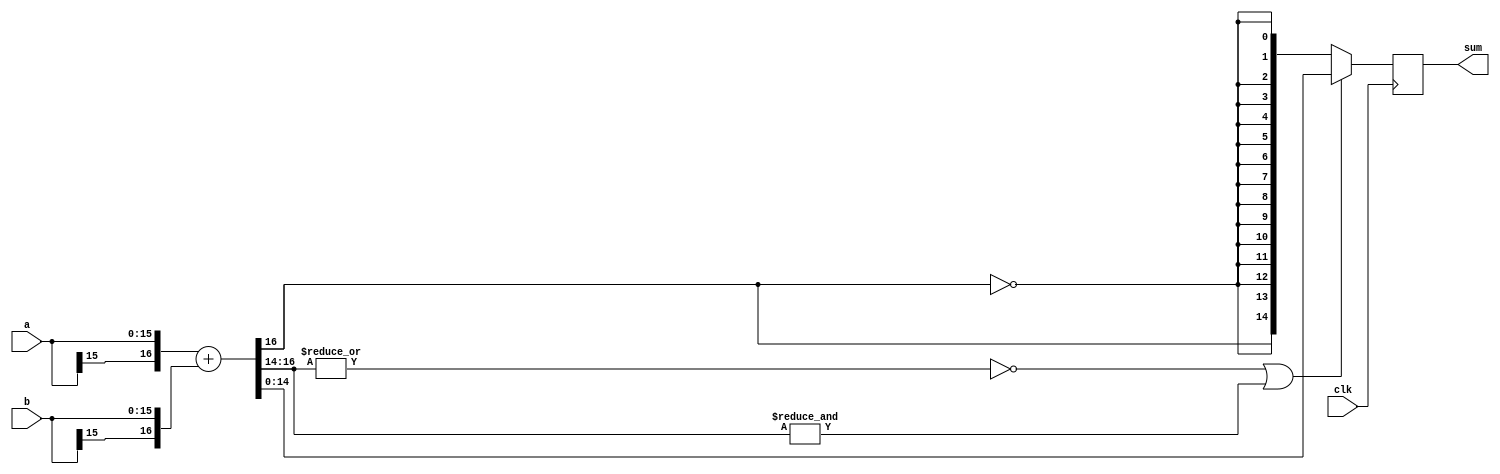
`timescale 1ns / 1ns

module sat_add(clk,a,b,sum);
	parameter isize=16;
	parameter osize=15;
	input clk;
	input signed [isize-1:0] a, b;
	output signed [osize-1:0] sum;
	// why do I need to explicitly sign-extend?
	wire signed [isize:0] s = {a[isize-1],a} + {b[isize-1],b};
	wire ok = ~(|s[isize:osize-1]) | (&s[isize:osize-1]);
	reg signed [osize-1:0] sr=0;
	always @(posedge clk)
		sr <= ok ? s[osize-1:0] : {s[isize],{osize-1{~s[isize]}}};
	assign sum = sr;
endmodule